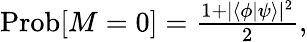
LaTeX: \begin{array}{r}{\mathrm{Prob}[M=0]=\frac{1+|\langle{\phi}|\psi\rangle|^{2}}{2},}\end{array}